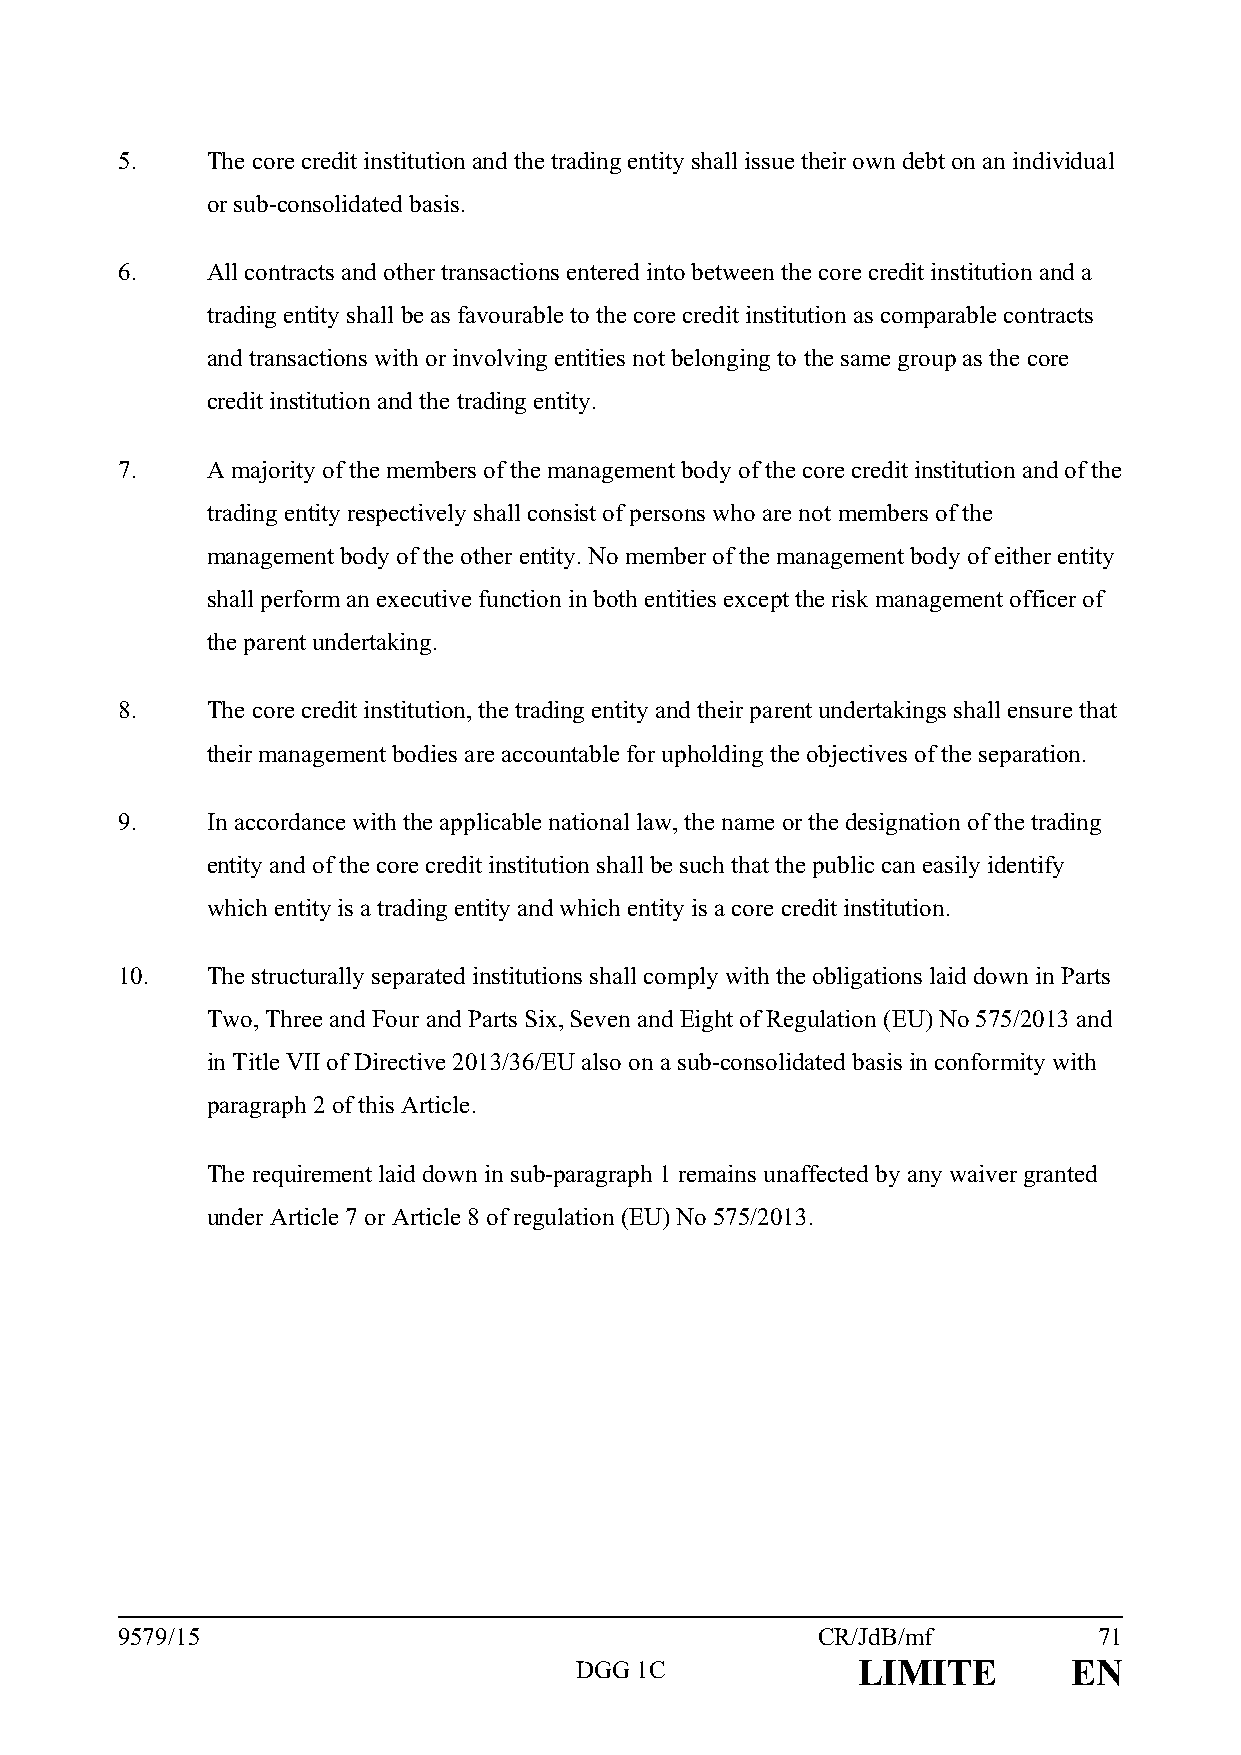
5.    The core credit institution and the trading entity shall issue their own debt on an individual
 or sub-consolidated basis.
 6.    All contracts and other transactions entered into between the core credit institution and a
 trading entity shall be as favourable to the core credit institution as comparable contracts
 and transactions with or involving entities not belonging to the same group as the core
 credit institution and the trading entity.
 7.    A majority of the members of the management body of the core credit institution and of the
 trading entity respectively shall consist of persons who are not members of the
 management body of the other entity. No member of the management body of either entity
 shall perform an executive function in both entities except the risk management officer of
 the parent undertaking.
 8.    The core credit institution, the trading entity and their parent undertakings shall ensure that
 their management bodies are accountable for upholding the objectives of the separation.
 9.    In accordance with the applicable national law, the name or the designation of the trading
 entity and of the core credit institution shall be such that the public can easily identify
 which entity is a trading entity and which entity is a core credit institution.
 10.   The structurally separated institutions shall comply with the obligations laid down in Parts
 Two, Three and Four and Parts Six, Seven and Eight of Regulation (EU) No 575/2013 and
 in Title VII of Directive 2013/36/EU also on a sub-consolidated basis in conformity with
 paragraph 2 of this Article.
 The requirement laid down in sub-paragraph 1 remains unaffected by any waiver granted
 under Article 7 or Article 8 of regulation (EU) No 575/2013.
 9579/15                                       CR/JdB/mf          71
 DGG 1C             LIMITE        EN